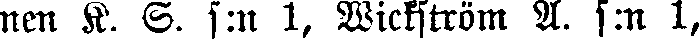
nen K. S. s:n 1, Wickström A. s:n 1,